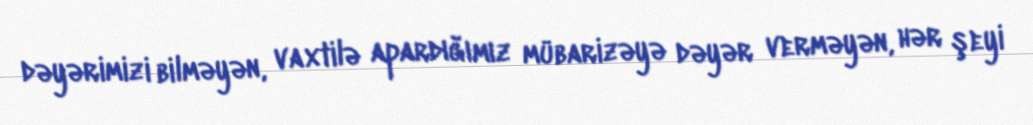
dəyərimizi bilməyən, vaxtilə apardığımız mübarizəyə dəyər verməyən, hər şeyi